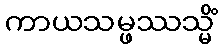
ကာယသမ္ဖဿသ္မိံ